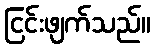
ငြင်းဖျက်သည်။